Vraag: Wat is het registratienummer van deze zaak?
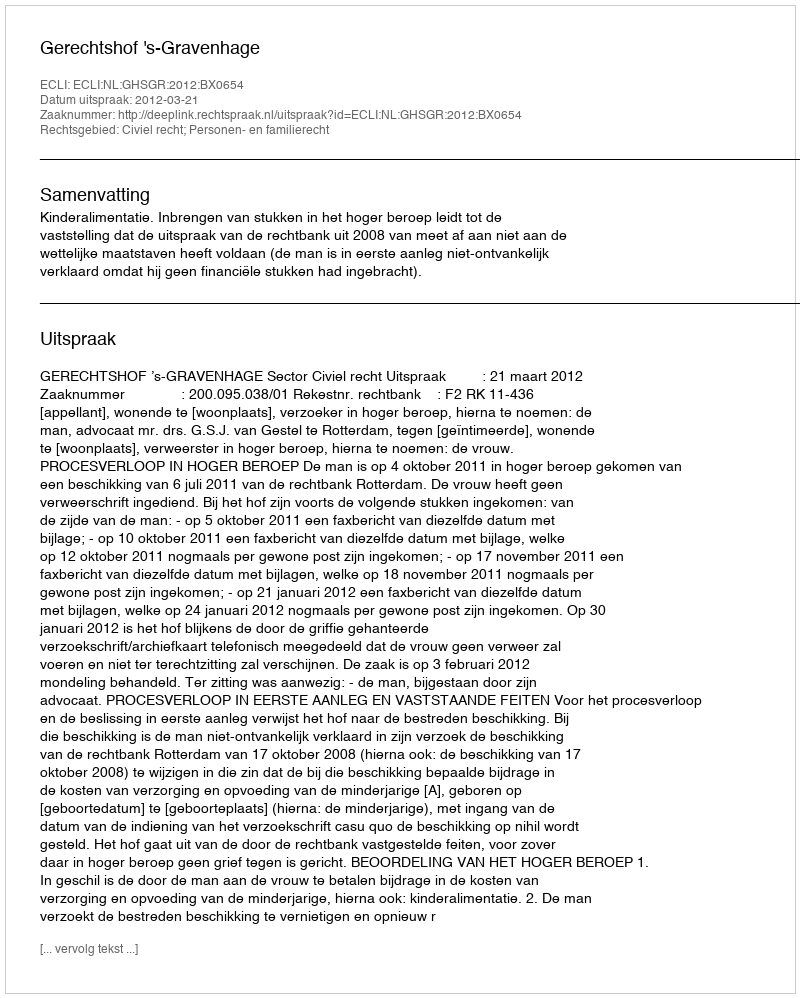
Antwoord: http://deeplink.rechtspraak.nl/uitspraak?id=ECLI:NL:GHSGR:2012:BX0654